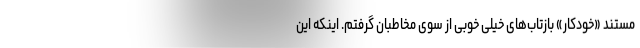
مستند «خودکار» بازتاب‌های خیلی خوبی از سوی مخاطبان گرفتم. اینکه این